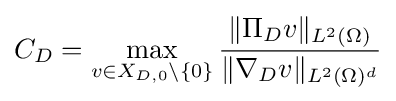
C_{D}=\max _{v\in X_{D,0}\setminus \{0\}}{\frac {\Vert \Pi _{D}v\Vert _{L^{2}(\Omega )}}{\Vert \nabla _{D}v\Vert _{L^{2}(\Omega )^{d}}}}